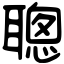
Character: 聰